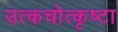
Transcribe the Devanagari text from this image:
उत्कचोत्कृष्टा